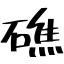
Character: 礁